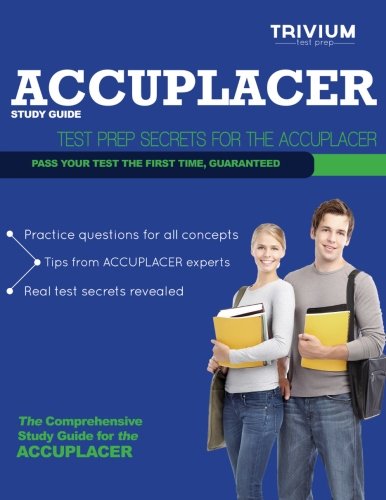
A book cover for ACCUPLACER Study Guide: Test Prep Secrets for the ACCUPLACER; Trivium Test Prep; Test Preparation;